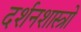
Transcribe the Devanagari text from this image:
दर्शनशास्त्रो